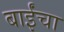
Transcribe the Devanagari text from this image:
बाईंचा